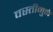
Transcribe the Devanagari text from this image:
वस्तीमुळे